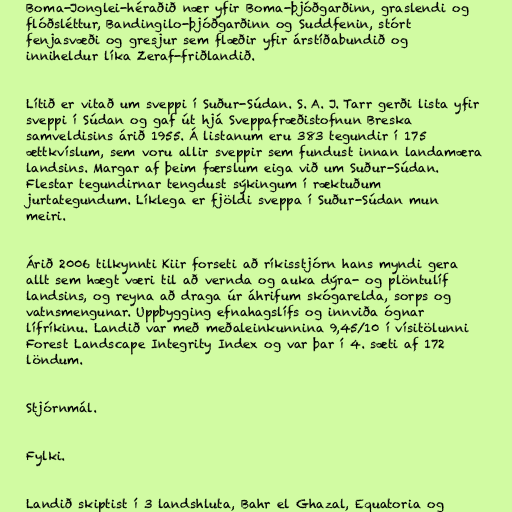
Boma-Jonglei-héraðið nær yfir Boma-þjóðgarðinn, graslendi og
flóðsléttur, Bandingilo-þjóðgarðinn og Suddfenin, stórt
fenjasvæði og gresjur sem flæðir yfir árstíðabundið og
inniheldur líka Zeraf-friðlandið.

Lítið er vitað um sveppi í Suður-Súdan. S. A. J. Tarr gerði lista yfir
sveppi í Súdan og gaf út hjá Sveppafræðistofnun Breska
samveldisins árið 1955. Á listanum eru 383 tegundir í 175
ættkvíslum, sem voru allir sveppir sem fundust innan landamæra
landsins. Margar af þeim færslum eiga við um Suður-Súdan.
Flestar tegundirnar tengdust sýkingum í ræktuðum
jurtategundum. Líklega er fjöldi sveppa í Suður-Súdan mun
meiri.

Árið 2006 tilkynnti Kiir forseti að ríkisstjórn hans myndi gera
allt sem hægt væri til að vernda og auka dýra- og plöntulíf
landsins, og reyna að draga úr áhrifum skógarelda, sorps og
vatnsmengunar. Uppbygging efnahagslífs og innviða ógnar
lífríkinu. Landið var með meðaleinkunnina 9,45/10 í vísitölunni
Forest Landscape Integrity Index og var þar í 4. sæti af 172
löndum.

Stjórnmál.

Fylki.

Landið skiptist í 3 landshluta, Bahr el Ghazal, Equatoria og